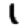
Digit: 1